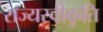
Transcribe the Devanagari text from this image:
राज्यस्वीकृति